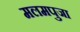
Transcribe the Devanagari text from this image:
मलमपुजा